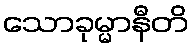
သောခုမ္မာနီတိ